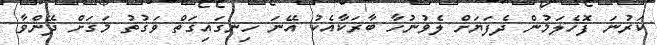
ކަރުނަ ފޮހެލަމުން ދެފަޔަށް ލެވުނުހާ ބާރަކާއެކު އޭނަ ހިނގައިގަތް ވަގުތު މަގަށް ދޭންވާ